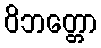
ဝိဘတ္တော